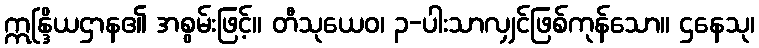
ဣန္ဒြိယဌာန၏ အစွမ်းဖြင့်။ တီသုယေဝ၊ ၃-ပါးသာလျှင်ဖြစ်ကုန်သော။ ဌနေသု၊